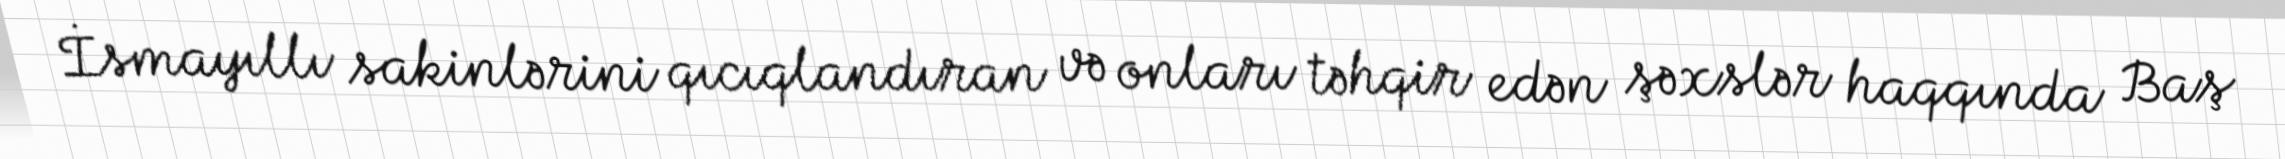
İsmayıllı sakinlərini qıcıqlandıran və onları təhqir edən şəxslər haqqında Baş